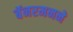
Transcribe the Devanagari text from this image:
बॅनरमनने